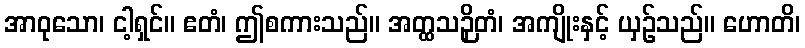
အာဝုသော၊ ငါ့ရှင်။ ဧတံ၊ ဤစကားသည်။ အတ္ထသဉှိတံ၊ အကျိုးနှင့် ယှဉ်သည်။ ဟောတိ၊